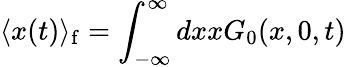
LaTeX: \langle x(t)\rangle_{\mathrm{f}}=\int_{-\infty}^{\infty}dxxG_{0}(x,0,t)